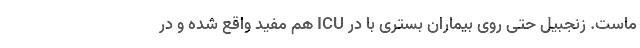
ماست. زنجبیل حتی روی بیماران بستری با در ICU هم مفید واقع شده و در